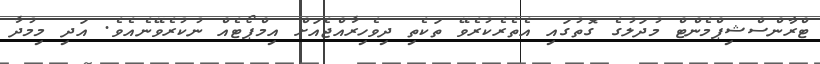
ޓްރާންސްޝިޕްމެންޓް މުދަލުގެ ގޮތުގައި އެތެރެކުރެވޭ ތަކެތި ދިވެހިރާއްޖެއަށް އިމްޕޯޓެއް ނުކުރެވޭނެއެވެ. އަދި މިމުދާ